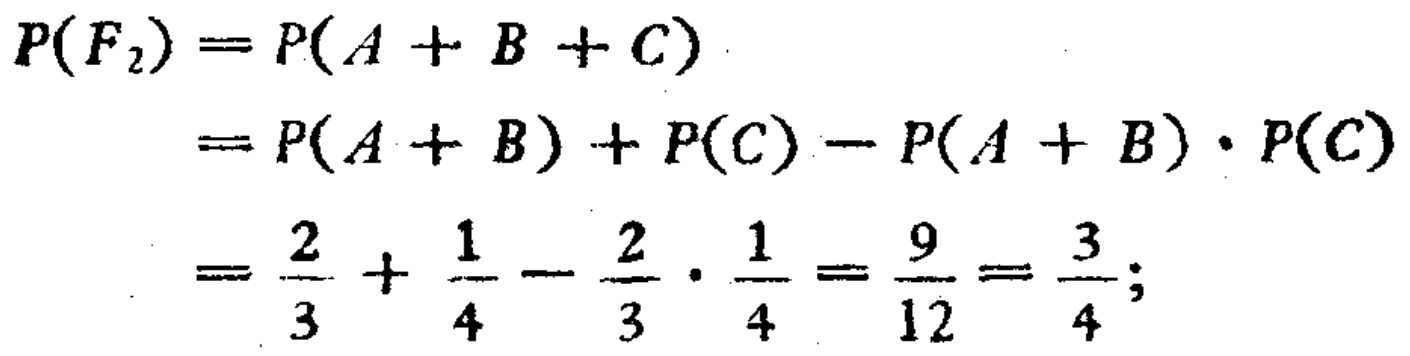
\[

\begin{align*}

P(F_2)&=P(A + B + C)\\

&=P(A + B)+P(C)-P(A + B)\cdot P(C)\\

&=\frac{2}{3}+\frac{1}{4}-\frac{2}{3}\cdot\frac{1}{4}=\frac{9}{12}=\frac{3}{4};

\end{align*}

\]